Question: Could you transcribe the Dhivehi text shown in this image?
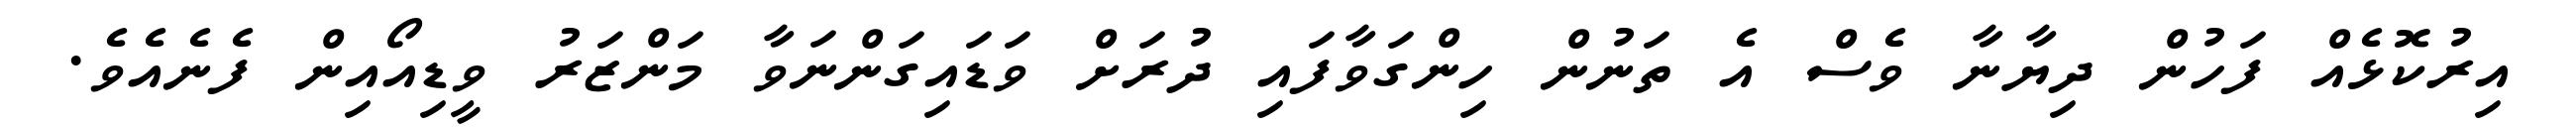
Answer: އިރުކޮޅެއް ފަހުން ދިޔާނާ ވެސް އެ ތަނުން ހިންގަވާފައި ދުރަށް ވަޑައިގަންނަވާ މަންޒަރު ވީޑިއޯއިން ފެނެއެވެ.